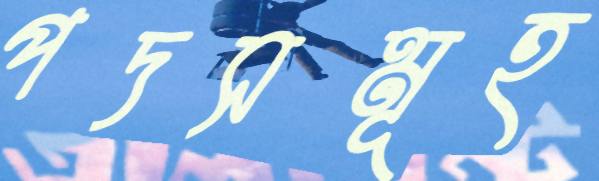
পদসমূহ